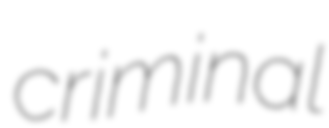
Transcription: criminal